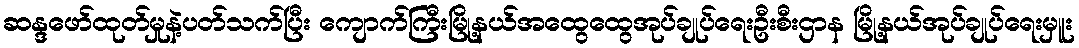
ဆန္ဒဖော်ထုတ်မှုနဲ့ပတ်သက်ပြီး ကျောက်ကြီးမြို့နယ်အထွေထွေအုပ်ချုပ်ရေးဦးစီးဌာန မြို့နယ်အုပ်ချုပ်ရေးမှူး